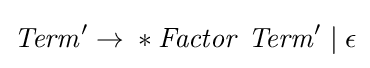
{\mathit {Term}}'\rightarrow {}*{\mathit {Factor}}\ {\mathit {Term}}'\mid \epsilon